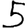
Digit: 5